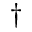
^ { \dag }